Leaving Certificate Examination, 1920
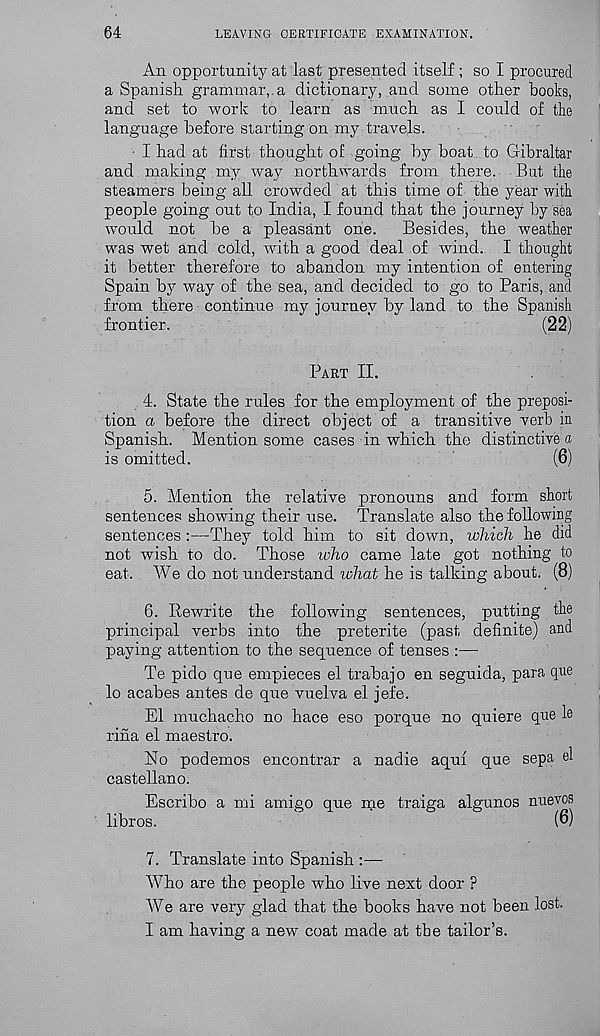
64
LEAVING CERTIFICATE EXAMINATION.
An opportunity at last presented itself; so I procured
a Spanish grammar,.a dictionary, and some other books,
and set to work to learn as much as I could of the
language before starting on my travels.
■ I had at first thought of going by boat to Gibraltar
and making .my way northwards from there. But the
steamers being all crowded at this time of the year with
people going out to India, I found that the journey by sea
would not be a pleasant one.
Besides, the weather
was wet and cold, with a good deal of wind. I thought
it better therefore to abandon my intention of entering
Spain by way of the sea, and decided to go to Paris, and
from there continue my iournev by land to the Spanish
frontier.
(22)
Part II.
4. State the rules for the employment of the preposi-
tion a before the direct object of a transitive verb in
Spanish. Mention some cases in which the distinctive a
is omitted.
(6)
5. Mention the relative pronouns and form short
sentences showing their use. Translate also the following
sentences :—They told him to sit down, which he did
not wish to do. Those who came late got nothing to
eat. We do not understand what he is talking about. (8)
6. Rewrite the following sentences, putting the
principal verbs into the preterite (past definite) and
paying attention to the sequence of tenses :—
Te pido que empieces el trabajo en seguida, para que
lo acabes antes de que vuelva el jefe.
El muchacho no hace eso porque no quiere que le
rina el maestro.
No podemos encontrar a nadie aquf que sepa el
castellano.
Escribo a mi amigo que me traiga algunos nuevos
libros.
^
(6)
7. Translate into Spanish :—
Who are the people who live next door ?
AVe are very glad that the books have not been lost.
I am having a new coat made at the tailor’s.